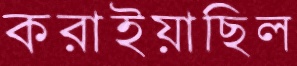
করাইয়াছিল